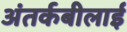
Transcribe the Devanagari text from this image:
अंतर्कबीलाई